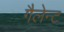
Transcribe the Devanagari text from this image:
गैलेन्ट